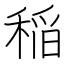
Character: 稲